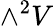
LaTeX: \wedge^{2}V